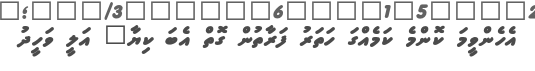
އެހެންވީމަ ކޮންމެ ކަމެއްގަ ހަތަރު ފަރާތުން ގޮތް އެބަ ކިޔާ" އަލީ ވަހީދު